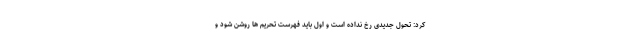
کرد: تحول جدیدی رخ نداده است و اول باید فهرست تحریم ها روشن شود و